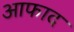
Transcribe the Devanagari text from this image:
आफाद